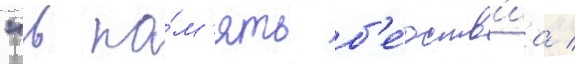
"в па́м'ять б'е́дств'иа /